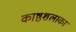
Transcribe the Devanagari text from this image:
काष्ठशलाका